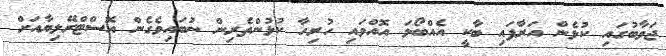
ޖަވާބުގައި ކުޅެން އަރާފައި ބާކީ އެއްބޯޅަ އޮއްވައި ހުރިހާ ކުޅުންތެރިން ނުބައިވެގެން އޮސްޓްރޭލިޔާއަށް